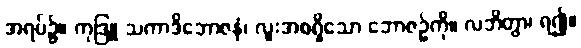
အရပ်၌။ ကုဒြူ သကာဒိဘောဇနံ၊ လူးအစရှိသော ဘောဇဉ်ကို။ လဘိတွာ၊ ရ၍။